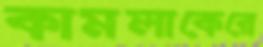
কামলাকেরে